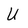
Character: U